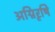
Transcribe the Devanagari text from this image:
अग्निरृषि